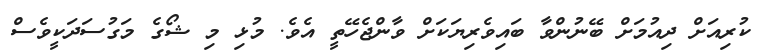
ކުރިއަށް ދިއުމަށް ބޭނުންވާ ބައިވެރިޔަކަށް ވާންޖެހޭތީ އެވެ. މުޅި މި ޝޯގެ މަގުސަދަކީވެސް